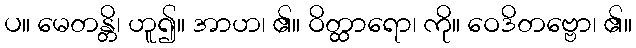
ပ။ မေတန္တိ၊ ဟူ၍။ အာဟ၊ ၏။ ဝိတ္ထာရော၊ ကို။ ဝေဒိတဗ္ဗော၊ ၏။